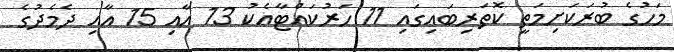
މަހުގެ ބުރަކަށިމަތީ ކޮތަރިބައިގައި 11 ހަރުކައްޓާއެކު 13 އާއި 15 އާއި ދެމެދުގެ